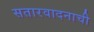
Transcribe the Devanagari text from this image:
सतारवादनाची